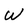
Character: W